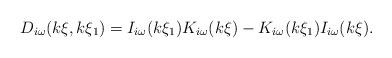
LaTeX: \begin{align*}D_{i\omega }(k\xi ,k\xi _{1})=I_{i\omega }(k\xi _{1})K_{i\omega }(k\xi)-K_{i\omega }(k\xi _{1})I_{i\omega }(k\xi ). \end{align*}